Insane asylums Bombay 1873-77 - 1873-1877
Year: 1873
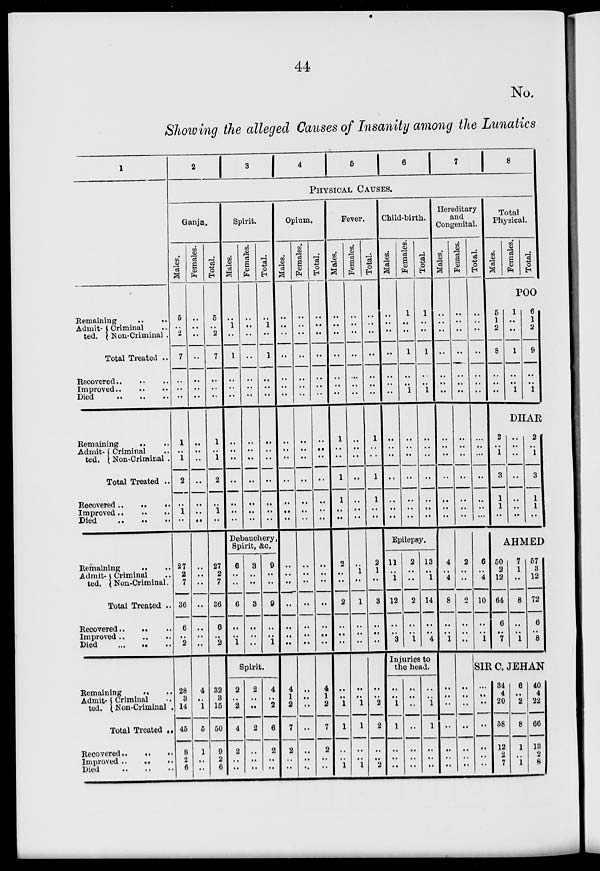
44
No.
Showing the alleged Causes of Insanity among the Lunatics
1
Remaining
..
..
Admit-
ted.
Criminal ..
Non-Criminal .
Total Treated ..
Recovered .. .. ..
Improved .. .. ..
Died
..
..
..
Remaining
.. ..
Admit-
ted.
Criminal ..
Non-Criminal .
Total Treated ..
Recovered
..
..
..
Improved
..
..
..
Died .. .. ..
Remaining
.. ..
Admit-
ted.
Criminal ..
Non-Criminal.
Total Treated ..
Recovered
..
..
..
Improved
..
..
..
Died .. .. ..
Remaining .. ..
Admit-
ted.
Criminal ..
Non-Criminal ..
Total Treated ..
Recovered .. .. ..
Improved
..
..
..
Died
..
..
..
2
3
4
5
6
7
8
PHYSICAL CAUSES.
Ganja.
Males.
5
..
2
7
..
..
..
1
..
1
2
..
1
..
27
2
7
36
6
..
2
28
3
14
45
8
2
6
Females.
..
..
..
..
..
..
..
..
..
..
..
..
..
..
..
..
..
..
..
..
..
4
..
1
5
1
..
..
Total.
5
..
2
7
..
..
..
1
..
1
2
..
1
..
27
2
7
36
6
..
2
32
3
15
50
9
2
6
Spirit.
Males.
..
1
..
1
..
..
..
..
..
..
..
..
..
..
Females.
..
..
..
..
..
..
..
..
..
..
..
..
..
..
Total.
..
1
..
1
..
..
..
..
..
..
..
..
..
..
Debauchery,
Spirit, &c.
6
..
..
6
..
..
1
3
..
..
3
..
..
..
9
..
..
9
..
..
1
Spirit.
2
..
2
4
2
..
..
2
..
..
2
..
..
..
4
..
2
6
2
..
..
Opium.
Males.
..
..
..
..
..
..
..
..
..
..
..
..
..
..
..
..
..
..
..
..
..
4
1
2
7
2
..
..
Females.
..
..
..
..
..
..
..
..
..
..
..
..
..
..
..
..
..
..
..
..
..
..
..
..
..
..
..
..
Total.
..
..
..
..
..
..
..
..
..
..
..
..
..
..
..
..
..
..
..
..
..
4
1
2
7
2
..
..
Fever.
Males.
..
..
..
..
..
..
..
1
..
..
1
1
..
..
2
..
..
2
..
..
..
..
..
1
1
..
..
1
Females.
..
..
..
..
..
..
..
..
..
..
..
..
..
..
..
1
..
1
..
..
..
..
..
1
1
..
..
1
Total.
..
..
..
..
..
..
..
1
..
..
1
1
..
..
2
1
..
3
..
..
..
..
..
2
2
..
..
2
Child-birth.
Males.
..
..
..
..
..
..
..
..
..
..
..
..
..
..
Females.
1
..
..
1
..
..
1
..
..
..
..
..
..
..
Total.
1
..
..
1
..
..
1
..
..
..
..
..
..
..
Epilepsy.
11
..
1
12
..
..
3
2
..
..
2
..
..
1
13
..
1
14
..
..
4
Injuries to
the head.
..
..
1
1
..
..
..
..
..
..
..
..
..
..
..
..
1
1
..
..
..
Hereditary
and
Congenital.
Males.
..
..
..
..
..
..
..
..
..
..
..
..
..
..
4
..
4
8
..
..
1
..
..
..
..
..
..
..
Females.
..
..
..
..
..
..
..
..
..
..
..
..
..
..
2
..
..
2
..
..
..
..
..
..
..
..
..
..
Total.
..
..
..
..
..
..
..
..
..
..
..
..
..
..
6
..
4
10
..
..
1
Total
Physical.
Males.
Females.
Total.
POO
5
1
2
8
..
..
..
1
..
..
1
..
..
1
6
1
2
9
..
..
1
DHAR
2
..
1
3
1
1
..
..
..
..
..
..
..
..
2
..
1
3
1
1
..
AHMED
50
2
12
64
6
..
7
7
1
..
8
..
..
1
57
3
12
72
6
..
8
SIR C. JEHAN
..
..
..
..
..
..
..
34
4
20
58
12
2
7
6
..
2
8
1
..
1
40
4
22
66
13
2
8